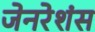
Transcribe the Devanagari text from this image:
जेनरेशंस